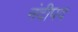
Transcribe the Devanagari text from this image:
नंदीपद